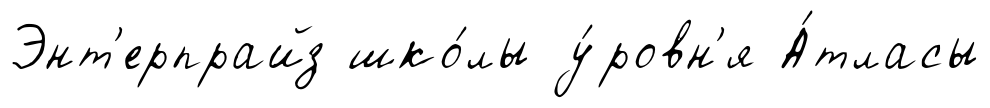
Энт'ерпрайз шко́лы у́ровн'я А́тласы